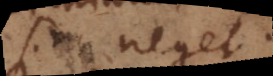
si neget.